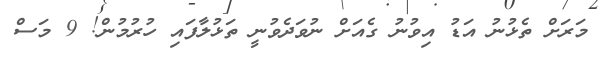
މަރަށް ތެޅުނު އަޑު އިވުނު ގެއަށް ނުވަދެވުނީ ތަޅުލާފައި ހުރުމުން! 9 މަސް